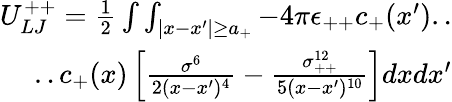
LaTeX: \begin{array}{r}{U_{LJ}^{++}=\frac{1}{2}\int\int_{|x-x^{\prime}|\geq a_{+}}-4\pi\epsilon_{++}c_{+}(x^{\prime})..}\\ {..c_{+}(x)\left[\frac{\sigma^{6}}{2(x-x^{\prime})^{4}}-\frac{\sigma_{++}^{12}}{5(x-x^{\prime})^{10}}\right]dxdx^{\prime}}\end{array}